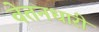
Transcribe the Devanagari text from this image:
वेतनधारी